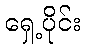
ရှေ့ပိုင်း